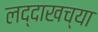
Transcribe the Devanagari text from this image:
लद्दाखच्या